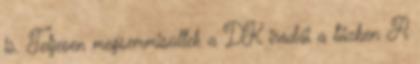
is. Teljesen megsemmisültek a DK irodái a tűzben A